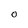
Character: O